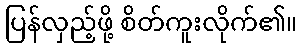
ပြန်လှည့်ဖို့ စိတ်ကူးလိုက်၏။